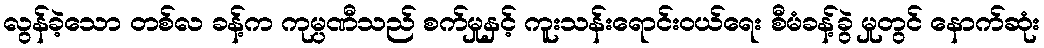
လွန်ခဲ့သော တစ်လ ခန့်က ကုမ္ပဏီသည် စက်မှုနှင့် ကူးသန်းရောင်းဝယ်ရေး စီမံခန့်ခွဲ မှုတွင် နောက်ဆုံး